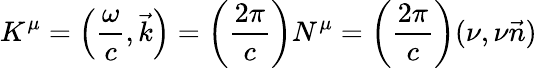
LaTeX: K^{\mu}=\left({\frac{\omega}{c}},{\vec{k}}\right)=\left({\frac{2\pi}{c}}\right)N^{\mu}=\left({\frac{2\pi}{c}}\right)(\nu,\nu{\vec{n}})